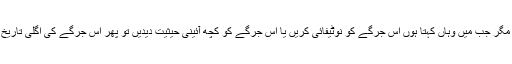
میں ہرجرگے میں جاتا ہوں مگر جب میں وہاں کہتا ہوں اس جرگے کو نوٹیفائی کریں یا اس جرگے کو کچھ آئینی حیثیت دیدیں تو پھر اس جرگے کی اگلی تاریخ کا کوئی تعین ہی نہیں کرتا۔